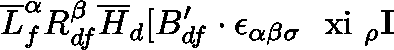
\overline { { { L } } } _ { f } ^ { \alpha } R _ { d f } ^ { \beta } \overline { { { H } } } _ { d } [ B _ { d f } ^ { \prime } \cdot \epsilon _ { \alpha \beta \sigma } \mathrm { \boldmath ~ \ x i ~ } _ { \rho } { \bf I }